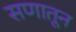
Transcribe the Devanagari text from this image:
सणातून